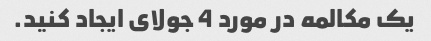
یک مکالمه در مورد 4 جولای ایجاد کنید.